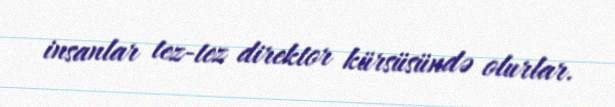
insanlar tez-tez direktor kürsüsündə olurlar.